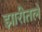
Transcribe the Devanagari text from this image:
झारीतले